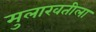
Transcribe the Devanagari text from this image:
मुलाखतीला